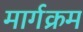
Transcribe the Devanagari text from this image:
मार्गक्रम